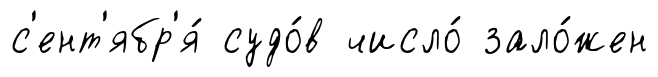
с'ент'ябр'я́ судо́в число́ зало́жен